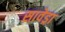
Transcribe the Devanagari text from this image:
सावेड्रा